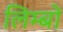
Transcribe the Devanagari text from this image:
लिम्बों